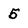
Character: 5